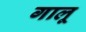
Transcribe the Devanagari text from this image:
गालू